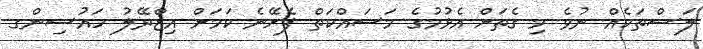
ލަސްތަކެއް ނުވެ މި ގެތަށް އެޅުމުގެ މަސައްކަތް ފެށޭނެ ކަމަށް އިޒްރޭލު ހައުސިންގ